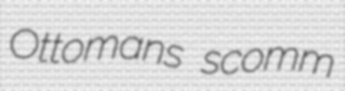
Ottomans scomm